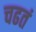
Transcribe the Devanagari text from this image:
चढतं